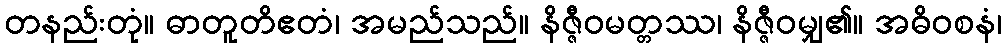
တနည်းတုံ။ ဓာတူတိဧတံ၊ အမည်သည်။ နိဇ္ဇီဝမတ္တဿ၊ နိဇ္ဇီဝမျှ၏။ အဓိဝစနံ၊